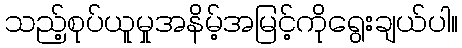
သည့်စုပ်ယူမှုအနိမ့်အမြင့်ကိုရွေးချယ်ပါ။